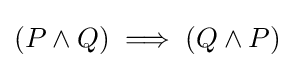
(P\wedge Q)\implies (Q\wedge P)